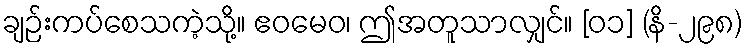
ချဉ်းကပ်စေသကဲ့သို့။ ဧဝမေဝ၊ ဤအတူသာလျှင်။ [၀၁] (နိ-၂၉၈)